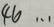
4 6 \cdots